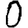
Digit: 0